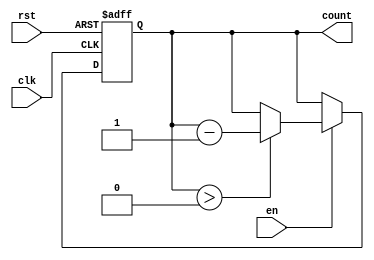
module decremental_counter #(
    parameter MAX_VAL = 15 // Maximum value (can be adjusted as needed)
)(
    input wire clk,        // Clock signal
    input wire rst,        // Asynchronous reset signal
    input wire en,         // Enable signal for decrementing
    output reg [3:0] count // Current count value (4 bits for max value of 15)
);

    // Asynchronous reset and synchronous decrement logic
    always @(posedge clk or posedge rst) begin
        if (rst) begin
            count <= MAX_VAL; // Reset count to maximum value
        end else if (en) begin
            if (count > 0) begin
                count <= count - 1; // Decrement the count
            end
        end
    end

endmodule